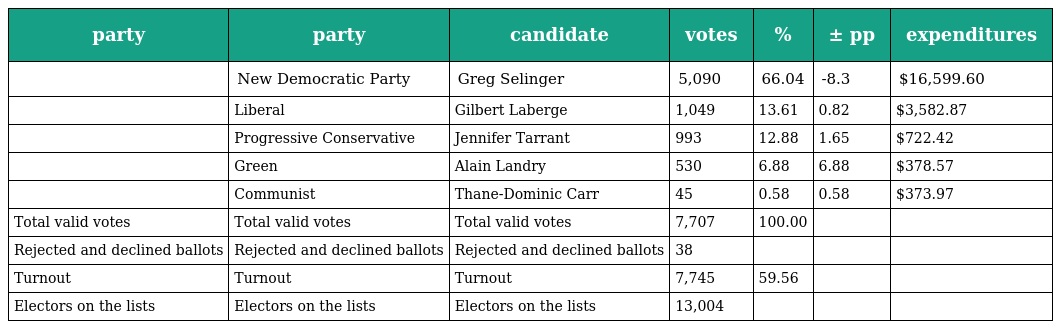
| party | party | candidate | votes | % | ± pp | expenditures |
 | --- | --- | --- | --- | --- | --- | --- |
 |  | New Democratic Party | Greg Selinger | 5,090 | 66.04 | -8.3 | $16,599.60 |
 |  | Liberal | Gilbert Laberge | 1,049 | 13.61 | 0.82 | $3,582.87 |
 |  | Progressive Conservative | Jennifer Tarrant | 993 | 12.88 | 1.65 | $722.42 |
 |  | Green | Alain Landry | 530 | 6.88 | 6.88 | $378.57 |
 |  | Communist | Thane-Dominic Carr | 45 | 0.58 | 0.58 | $373.97 |
 | Total valid votes | Total valid votes | Total valid votes | 7,707 | 100.00 |  |  |
 | Rejected and declined ballots | Rejected and declined ballots | Rejected and declined ballots | 38 |  |  |  |
 | Turnout | Turnout | Turnout | 7,745 | 59.56 |  |  |
 | Electors on the lists | Electors on the lists | Electors on the lists | 13,004 |  |  |  |